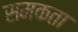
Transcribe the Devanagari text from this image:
समकता